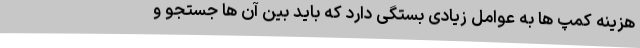
هزینه کمپ ها به عوامل زیادی بستگی دارد که باید بین آن ها جستجو و